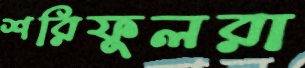
শরিফুলরা